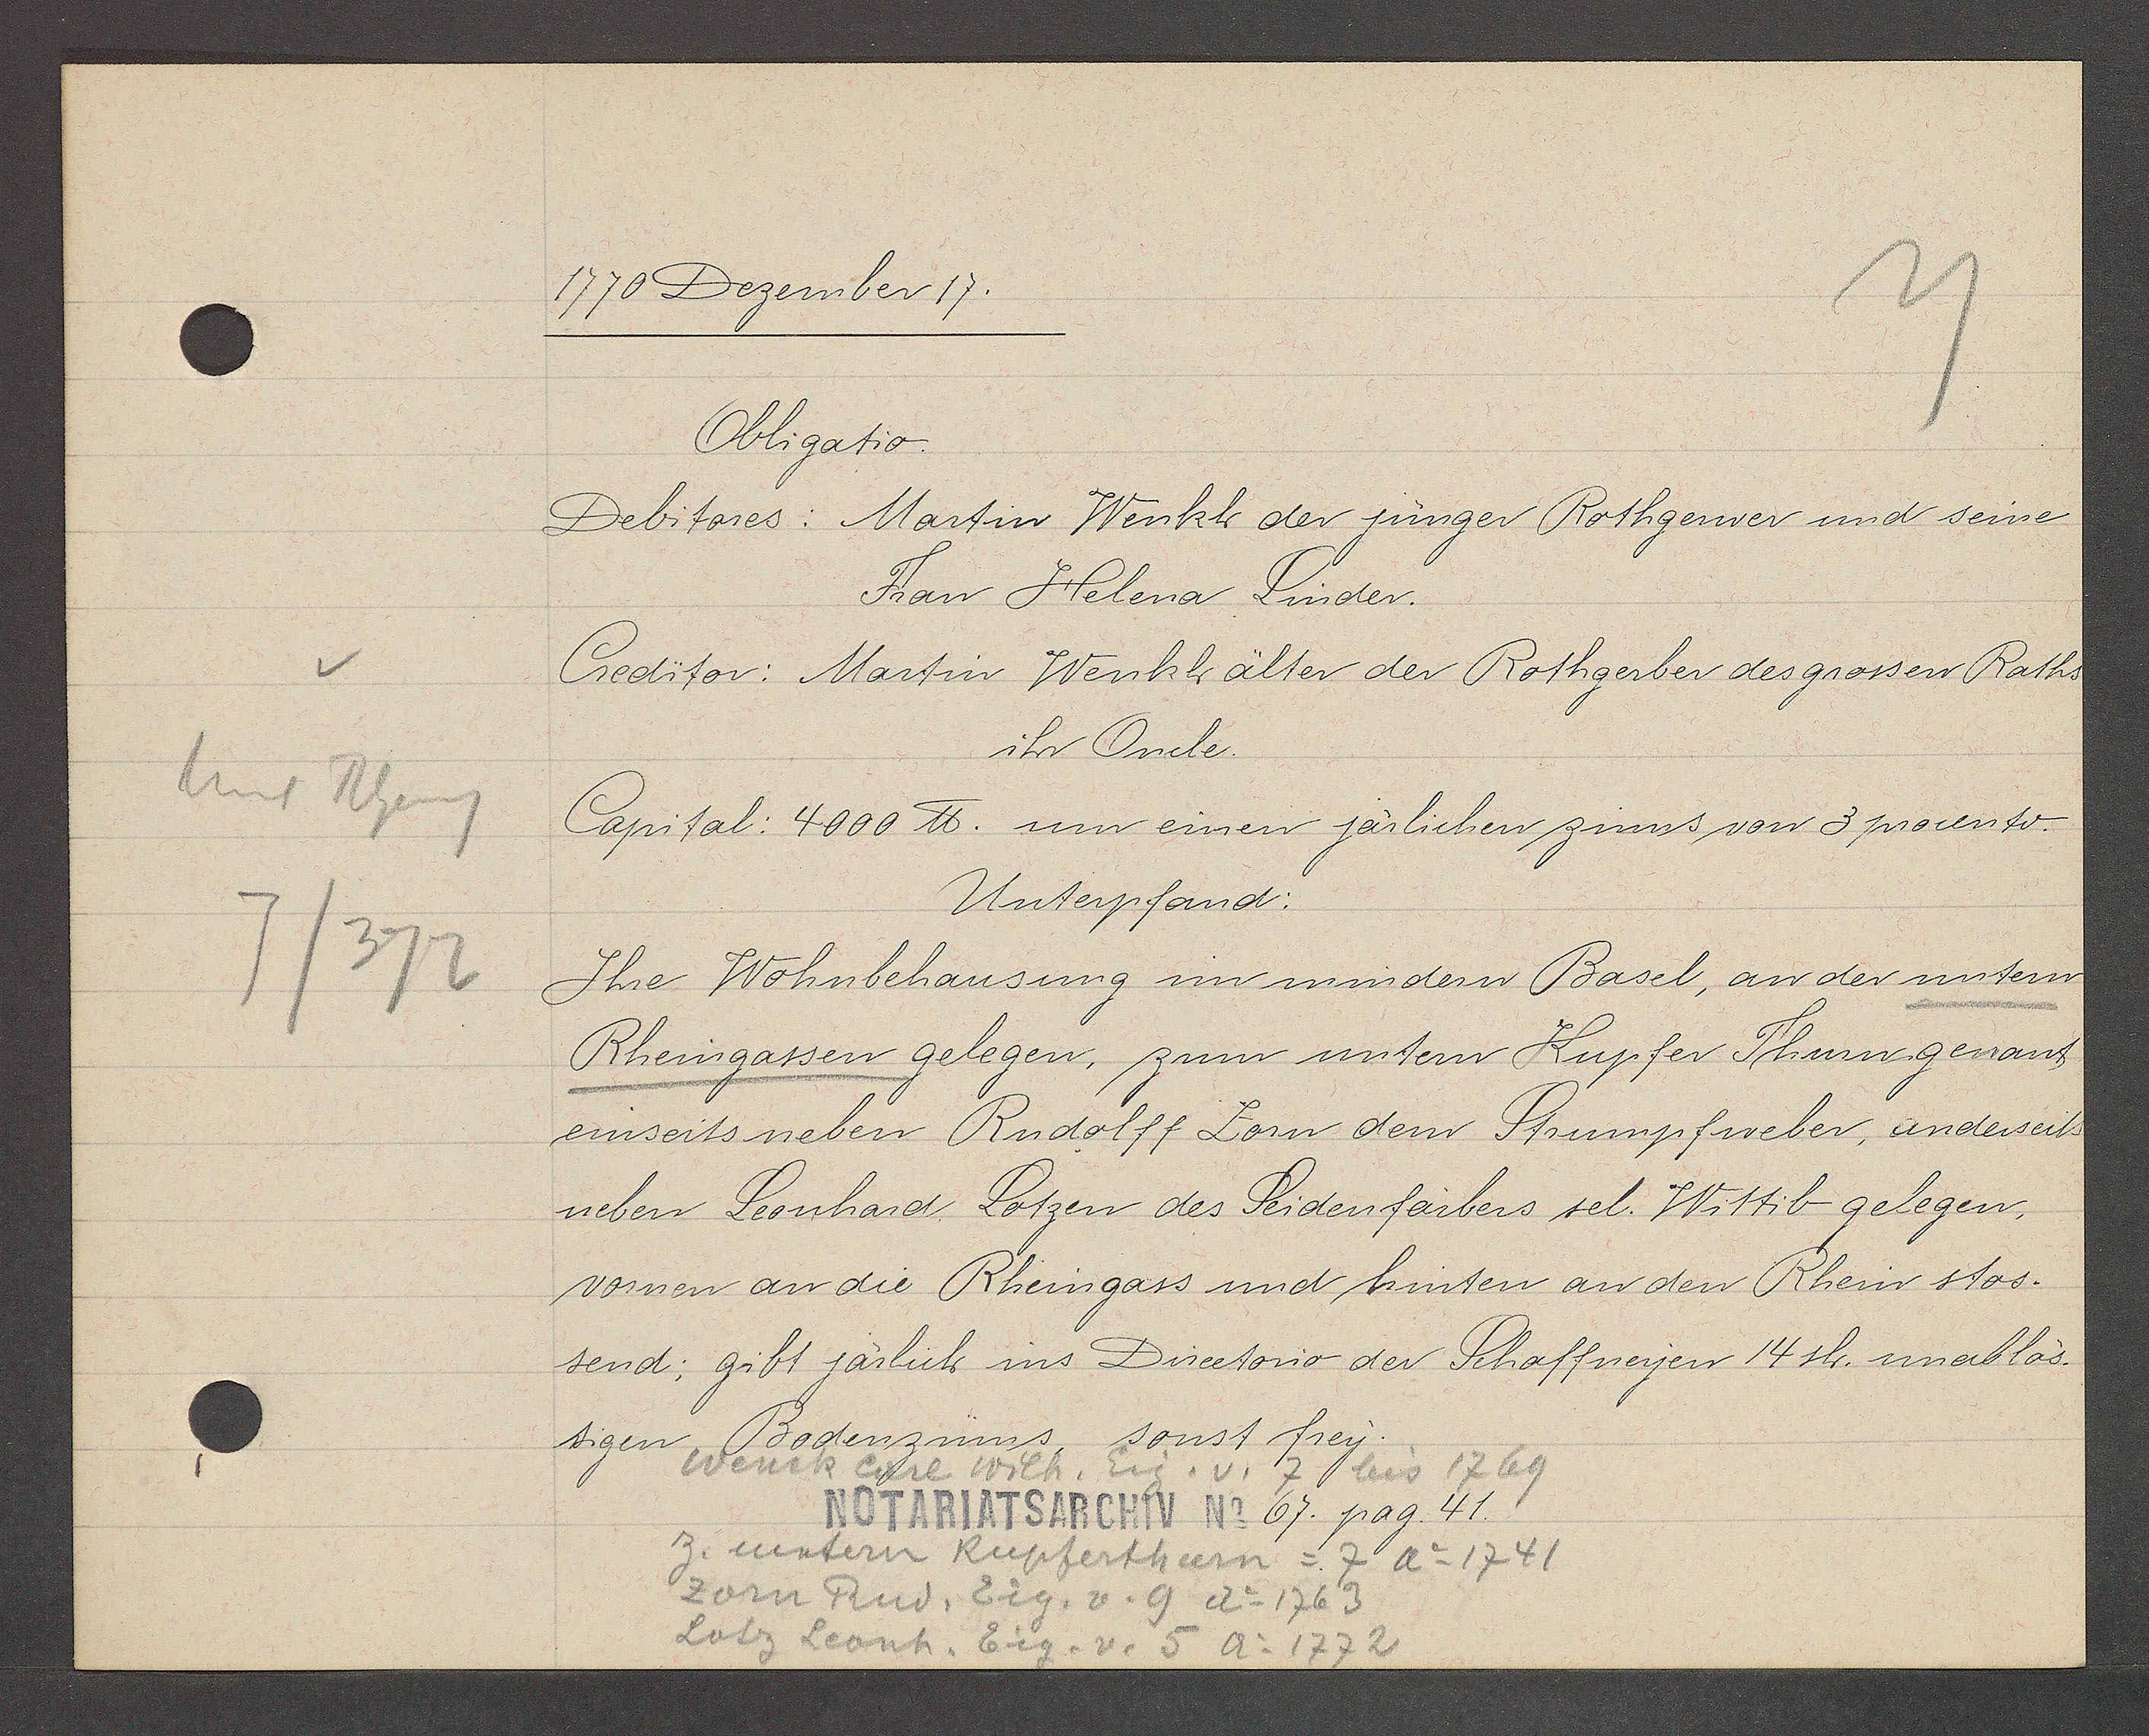
Transcript:
v
hint Rheing
7/372

1770 Dezember 17.

Obligatio.
Debitores: Martin Wenkh der jünger Rothgerwer und seine
Frau Helena Linder.
Creditor: Martin Wenkh älter der Rothgerber des grossen Raths
ihr Onde.
Capital: 4000 ℔. um einen järlichen zinns von 3 procento
Unterpfand:
Ihe Wohnbehausung in mindern Basel, an der untern
Rheingassen gelegen, zum untern Kupfer Thurn genant
einseits neben Rudolff Lorn dem Strumpfweber, anderseits
neben Leonhard Lotzen des Seidenfärbers sel. Wittib gelegen,
vornen an die Rheingass und hinten an den Rhein stos.
send; gibt järlich ins Directorio der Schaffneyen 14 sh. unabläs¬
Bodenzinns, sonst frey.
tigen

Wenck Carl Wilh. Eig. v. 7 bis 1769

Notariatsarchiv No. 67. pag. 41.

z. untern Kupferthurn = 7 Ao 1741
zom Rud. Eig. v. 9 Ao 1763
Lotz Leonh. Eig. v. 5 Ao 1772